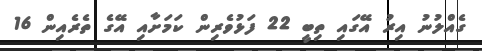
ގެއްލުނު އިރު އޭގައި ތިބީ 22 ފަޅުވެރިން ކަމަށާއި އޭގެ ތެރެއިން 16